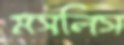
মসলিস